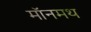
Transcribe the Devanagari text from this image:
मॉनमथ